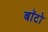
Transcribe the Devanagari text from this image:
बाॅटो